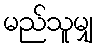
မည်သူမျှ